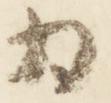
為